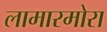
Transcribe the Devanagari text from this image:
लामारमोरा